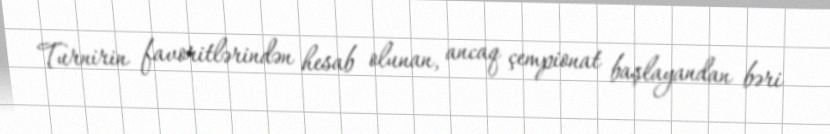
Turnirin favoritlərindən hesab olunan, ancaq çempionat başlayandan bəri